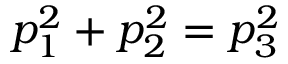
p _ { 1 } ^ { 2 } + p _ { 2 } ^ { 2 } = p _ { 3 } ^ { 2 }